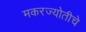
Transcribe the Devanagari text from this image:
मकरज्योतीचे